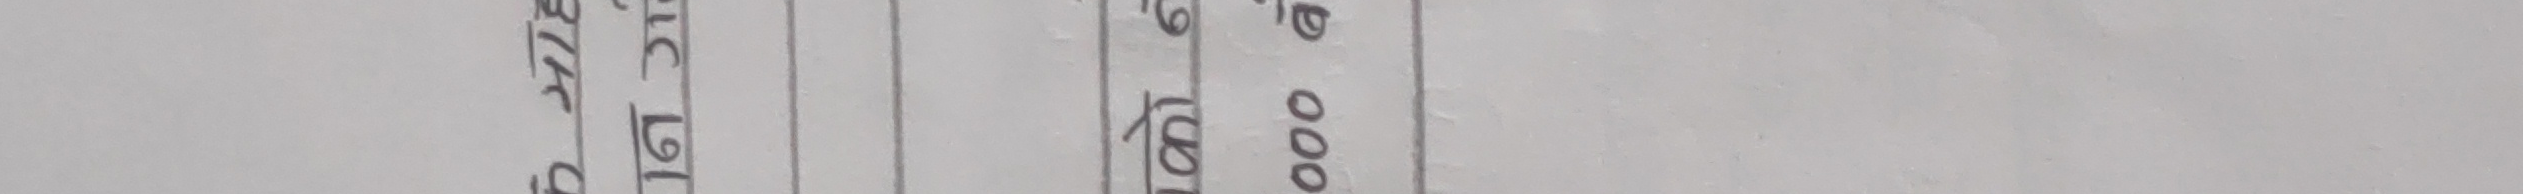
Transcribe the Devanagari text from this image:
बिक्री १,०२० रु. २,०००